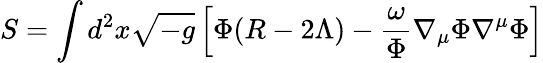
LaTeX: S=\int d^{2}x\sqrt{-g}\left[\Phi(R-2\Lambda)-\frac{\omega}{\Phi}\nabla_{\mu}\Phi\nabla^{\mu}\Phi\right]